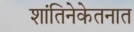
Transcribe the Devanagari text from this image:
शांतिनेकेतनात